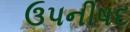
ઉપનીષદ